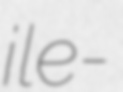
ile-